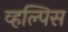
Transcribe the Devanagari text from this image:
व्हल्पिस